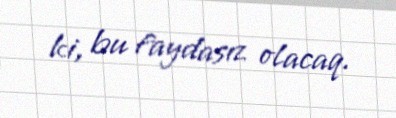
ki, bu faydasız olacaq.